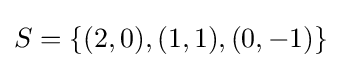
S=\lbrace (2,0),(1,1),(0,-1)\rbrace